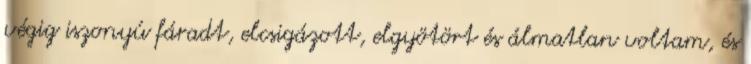
végig iszonyú fáradt, elcsigázott, elgyötört és álmatlan voltam, és